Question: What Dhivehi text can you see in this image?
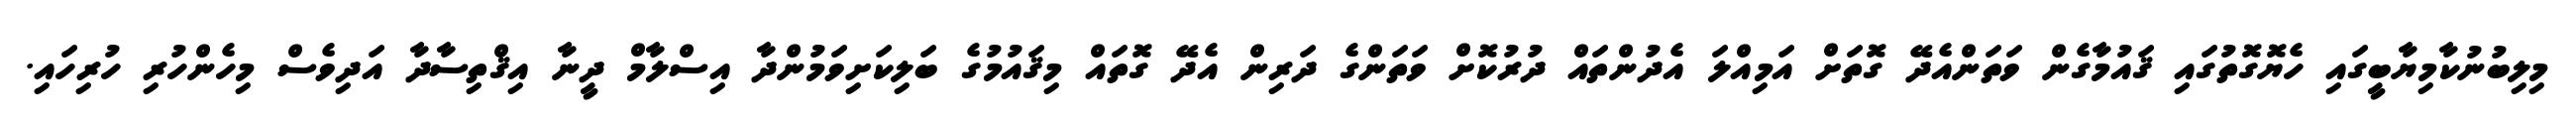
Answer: މިލިބުނުކާމިޔާބީގައި ހެޔޮގޮތުގައި ޤައުމާގެން ވަތަންއެދޭ ގޮތަށް އަމިއްލަ އެދުންތައް ދުރުކޮށް ވަތަންގެ ދަރިން އެދޭ ގޮތައް މިޤައުމުގެ ބަލިކަށިވަމުންދާ އިސްލާމް ދީނާ އިޤްތިސާދާ އަދިވެސް މިހެންހުރި ހުރިހައި.